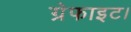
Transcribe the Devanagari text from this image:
ग्रेफाइट।